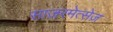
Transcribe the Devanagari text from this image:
साज़रमेत्सेज़